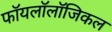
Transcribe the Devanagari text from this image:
फॉयलॉलॉजिकल